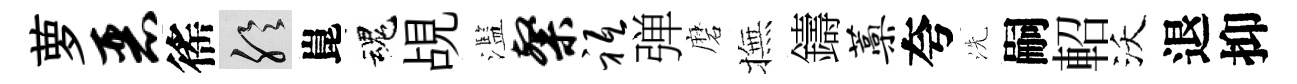
萝恶徭聆崑魂覘濫粲祗弹磨撫鑄蒿夸洗嗣軺沃退抑